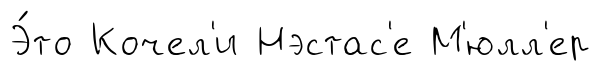
Э́то Кочел'и Нэстас'е М'юлл'ер